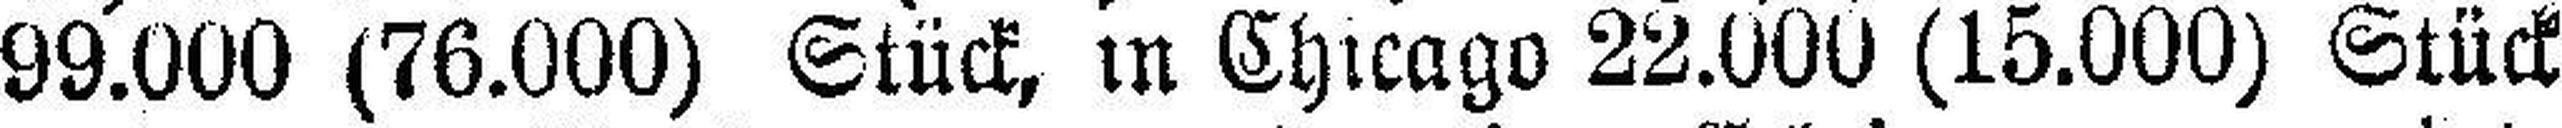
99.000 (76.000) Stück, in Chicago 22.000 (15.000) Stück